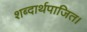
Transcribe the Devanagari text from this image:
शब्दार्थपाजित।